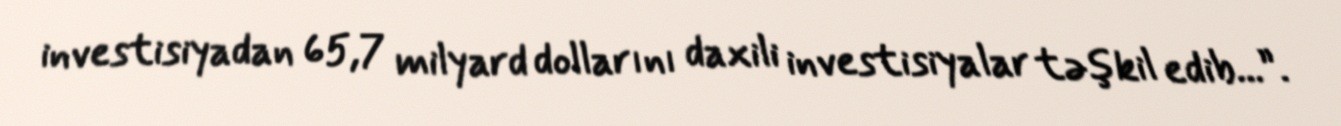
investisiyadan 65,7 milyard dollarını daxili investisiyalar təşkil edib...”.